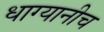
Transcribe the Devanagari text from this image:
धाग्यानीच